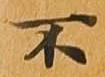
不